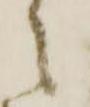
々